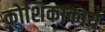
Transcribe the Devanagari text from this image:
कोशिकाकाय